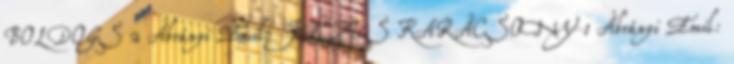
BOLDOGS 2 Ábrányi Emil: JÉZUS KARÁCSONY 1 Ábrányi Emil: